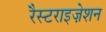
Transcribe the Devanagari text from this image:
रैस्टराइज़ेशन